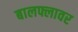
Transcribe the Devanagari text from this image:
बालफ्लावर